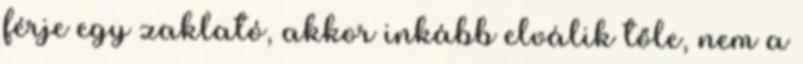
férje egy zaklató, akkor inkább elválik tőle, nem a